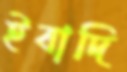
ইবাদি